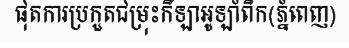
ផុតការប្រកួតជម្រុះកីឡាអូឡាំពិក(ភ្នំពេញ)